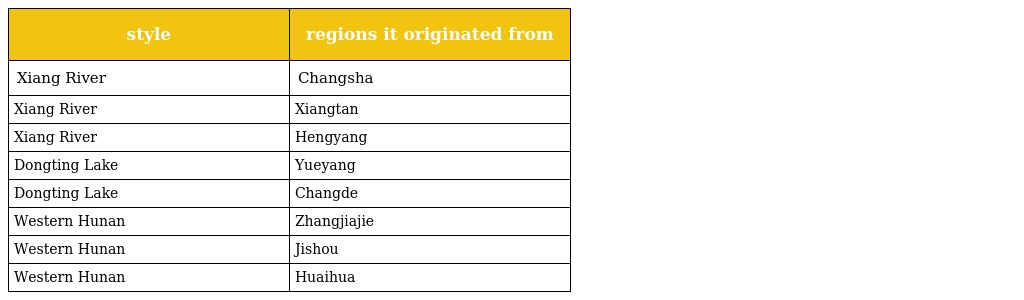
| style | regions it originated from |
 | --- | --- |
 | Xiang River | Changsha |
 | Xiang River | Xiangtan |
 | Xiang River | Hengyang |
 | Dongting Lake | Yueyang |
 | Dongting Lake | Changde |
 | Western Hunan | Zhangjiajie |
 | Western Hunan | Jishou |
 | Western Hunan | Huaihua |